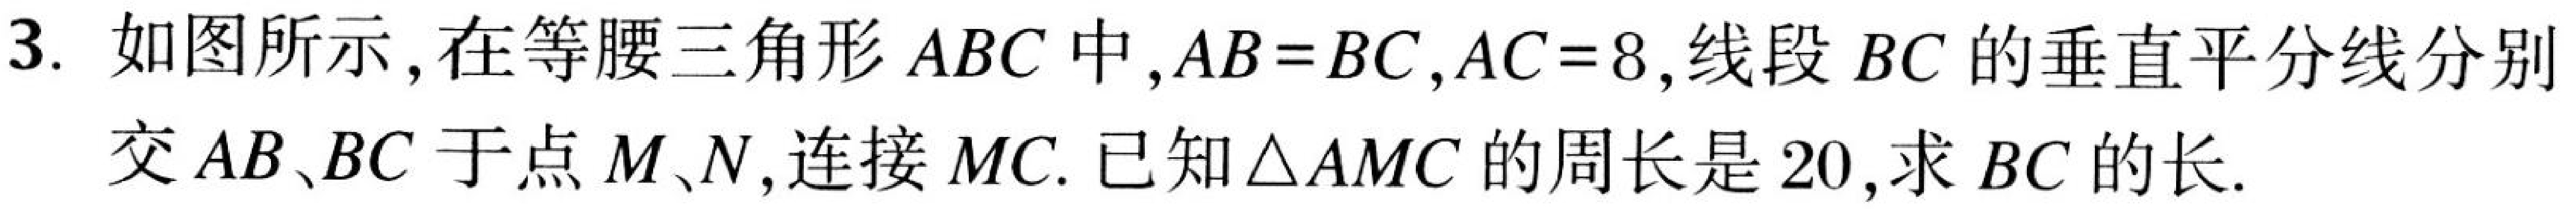
3. 如图所示,在等腰三角形 \(ABC\) 中,\(AB = BC\),\(AC = 8\),线段 \(BC\) 的垂直平分线分别交 \(AB、BC\) 于点 \(M、N\),连接 \(MC\). 已知\(\triangle AMC\) 的周长是 \(20\),求 \(BC\) 的长.